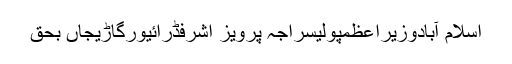
اسلام آبادوزیراعظمپولیسراجہ پرویز اشرفڈرائیورگاڑیجاں بحق